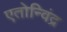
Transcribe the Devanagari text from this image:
एतोन्विंद्र